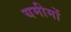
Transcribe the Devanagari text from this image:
यमीमों